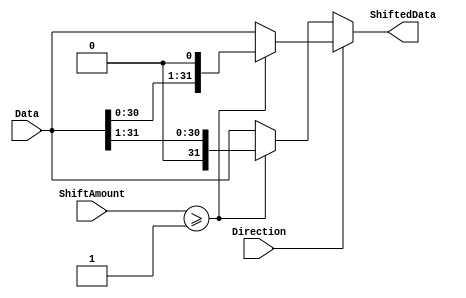
module Barrel_Shifter (
  input [31:0] Data,
  input [4:0] ShiftAmount,
  input Direction,
  output [31:0] ShiftedData
);

  reg [31:0] segment1, segment2, segment3, segment4, segment5;

  always @(*) begin
    if(Direction == 1) begin
      segment1 = (ShiftAmount >= 1) ? Data << 1 : Data;
      segment2 = (ShiftAmount >= 2) ? segment1 << 2 : segment1;
      segment3 = (ShiftAmount >= 4) ? segment2 << 4 : segment2;
      segment4 = (ShiftAmount >= 8) ? segment3 << 8 : segment3;
      segment5 = (ShiftAmount >= 16) ? segment4 << 16 : segment4;
    end else begin
      segment1 = (ShiftAmount >= 1) ? Data >> 1 : Data;
      segment2 = (ShiftAmount >= 2) ? segment1 >> 2 : segment1;
      segment3 = (ShiftAmount >= 4) ? segment2 >> 4 : segment2;
      segment4 = (ShiftAmount >= 8) ? segment3 >> 8 : segment3;
      segment5 = (ShiftAmount >= 16) ? segment4 >> 16 : segment4;
    end
  end

  assign ShiftedData = {segment5, segment4, segment3, segment2, segment1};

endmodule